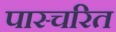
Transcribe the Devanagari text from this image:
पास्चरित